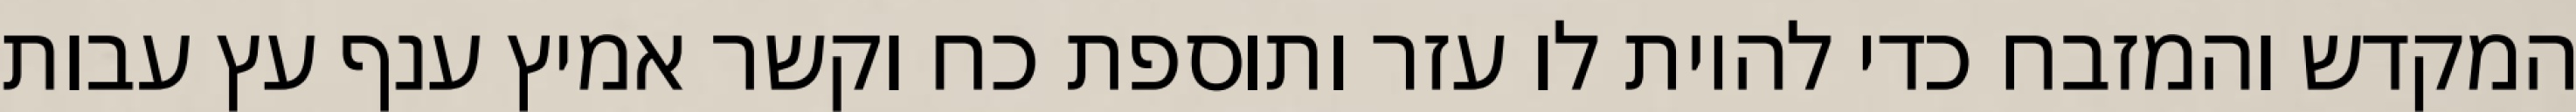
המקדש והמזבח כדי להיות לו עזר ותוספת כח וקשר אמיץ ענף עץ עבות